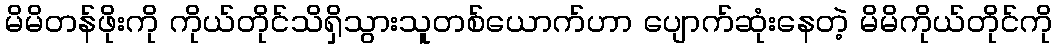
မိမိတန်ဖိုးကို ကိုယ်တိုင်သိရှိသွားသူတစ်ယောက်ဟာ ပျောက်ဆုံးနေတဲ့ မိမိကိုယ်တိုင်ကို